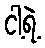
ငါ့ရဲ့